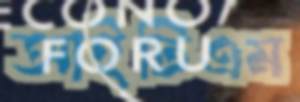
আইটিএম